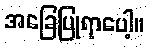
အခြေပြုရာပေါ့။